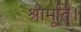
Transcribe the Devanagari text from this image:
श्रीमूर्ति।